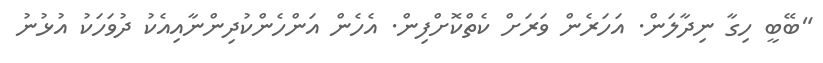
"ބޭބީ ހިގާ ނިދާލަން. އަހަރެން ވަރަށް ކެތްކޮށްފިން. އެހެން އަންހެންކުދިންނާއިއެކު ދުވަހަކު އުޅުނު